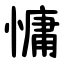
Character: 慵